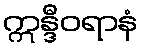
ဣန္ဒီဝရာနံ